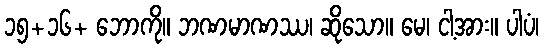
၁၅+၁၆+ ဘောကို။ ဘဏမာဏဿ၊ ဆိုသော။ မေ၊ ငါ့အား။ ပါပံ၊